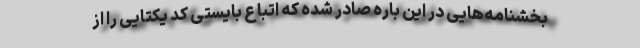
بخشنامه‌هایی در این باره صادر شده که اتباع بایستی کد یکتایی را از